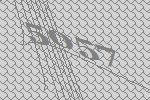
5057